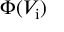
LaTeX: \Phi ( V _ { \mathrm { i } } )